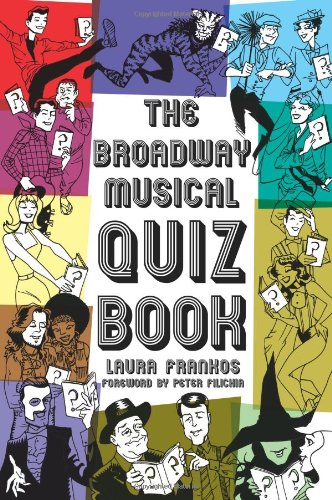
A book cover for The Broadway Musical Quiz Book; Laura Frankos; Humor & Entertainment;